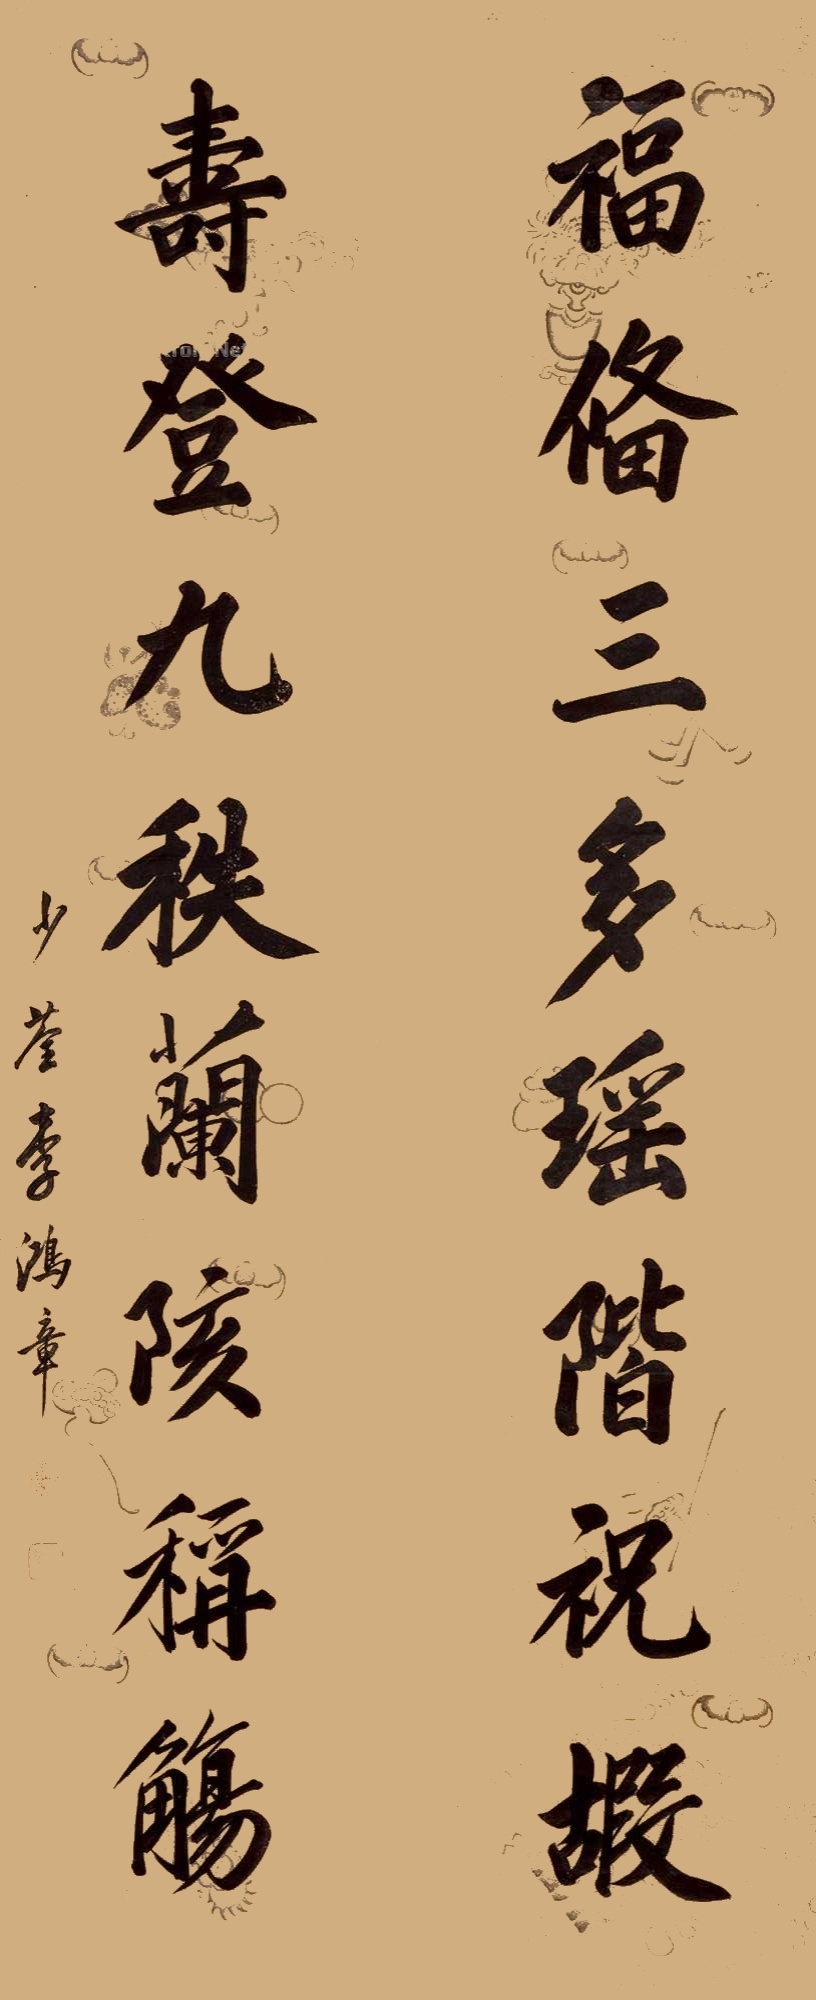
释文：福备三多，瑶阶祝嘏。寿登九秩，兰陔称觞。少荃李鸿章。